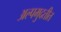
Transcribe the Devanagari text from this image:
अल्पमुदतीत